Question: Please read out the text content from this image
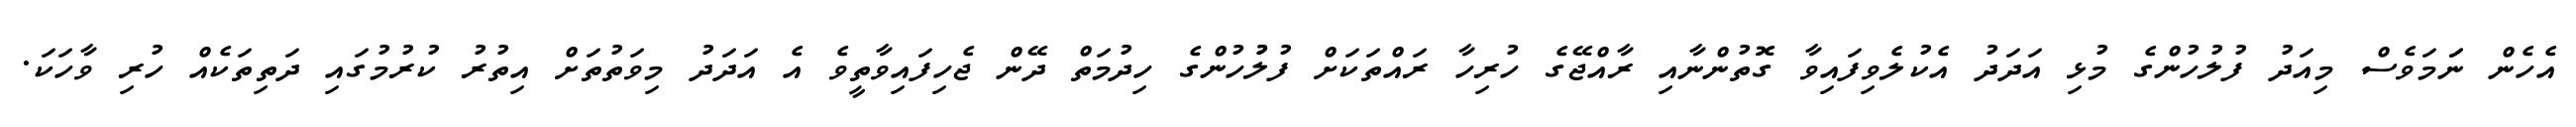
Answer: އެހެން ނަަމަވެސް މިއަދު ފުލުހުންގެ މުޅި އަދަދު އެކުލެވިފައިވާ ގޮތުންނާއި ރާއްޖޭގެ ހުރިހާ ރައްތަކަށް ފުލުުހުންގެ ހިދުމަތް ދޭން ޖެހިފައިވާތީވެ އެ އަދަދު މިވަތުތަށް އިތުރު ކުރުމުގައި ދަތިތަކެއް ހުރި ވާހަކަ.